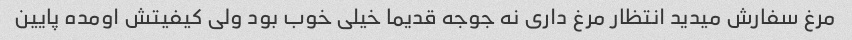
مرغ سفارش میدید انتظار مرغ داری نه جوجه قدیما خیلی خوب بود ولی کیفیتش اومده پایین